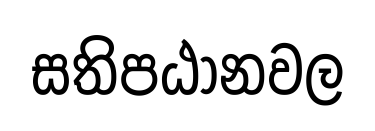
සතිපඨානවල